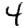
Digit: 4